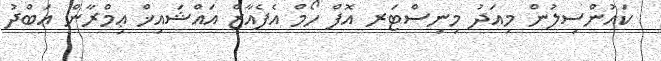
ކައުންސިލުން މިއަދު މިނިސްޓަރ އޮފް ހޯމް އެފެއާޒް އައްޝައިޚް ޢިމްރާން ޢަބްދު